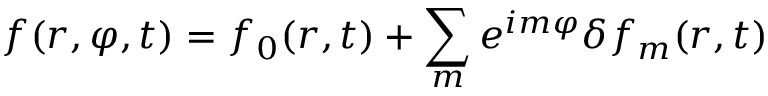
f ( r , \varphi , t ) = f _ { 0 } ( r , t ) + \sum _ { m } e ^ { i m \varphi } \delta f _ { m } ( r , t )